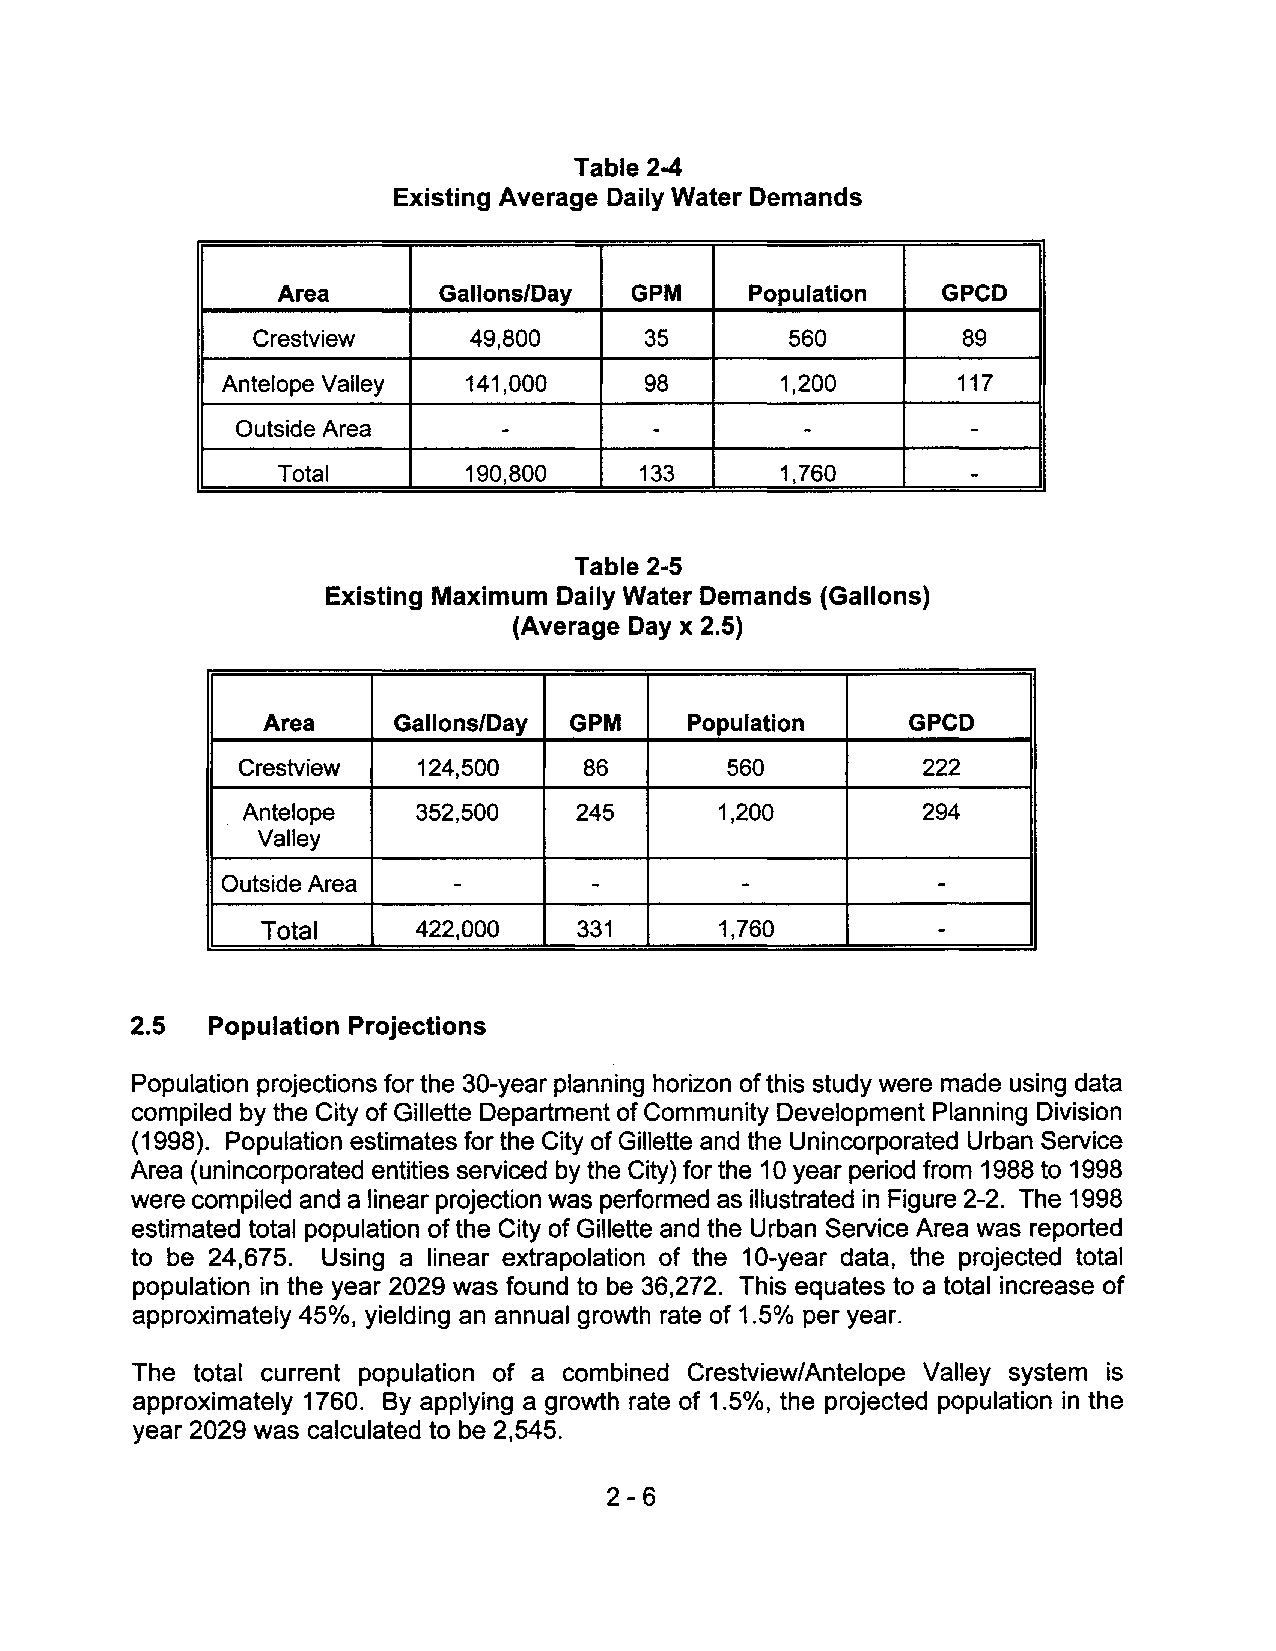
Table 2-4
 Existing Average Daily Water Demands
 Area       Gallons/Day  GPM     Population  GPCD
 Crestview     49,800      35       560         89
 Antelope Valley 141,000     98       1,200      117
 Outside Area     -         -         -          -
 Total       190,800    133       1,760       -
 Table 2-5
 Existing Maximum Daily Water Demands (Gallons)
 (Average Day x 2.5)
 Area    Gallons/Day GPM     Population    GPCD
 Crestview   124,500    86       560          222
 Antelope    352,500   245       1,200        294
 Valley
 Outside Area   -        -         -            -
 Total      422,000   331       1,760         -
 2.5  Population Projections
 Population projections for the 30-year planning horizon of this study were made using data
 compiled by the City of Gillette Department of Community Development Planning Division
 (1998). Population estimates for the City of Gillette and the Unincorporated Urban Service
 Area (unincorporated entities serviced by the City) for the 10 year period from 1988 to 1998
 were compiled and a linear projection was performed as illustrated in Figure 2-2. The 1998
 estimated total population of the City of Gillette and the Urban Service Area was reported
 to be 24,675. Using a linear extrapolation of the 10-year data, the projected total
 population in the year 2029 was found to be 36,272. This equates to a total increase of
 approximately 45%, yielding an annual growth rate of 1.5% per year.
 The total current population of a combined Crestview/Antelope Valley system is
 approximately 1760. By applying a growth rate of 1.50/0, the projected population in the
 year 2029 was calculated to be 2,545.
 2-6